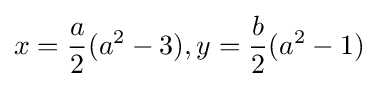
x={\frac {a}{2}}(a^{2}-3),y={\frac {b}{2}}(a^{2}-1)